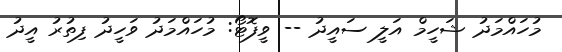
މުހައްމަދު ޝަހީމް އަލީ ސައީދު -- ވީފޮޓޯ: މުހައްމަދު ވަހީދު ފިތުރު އީދު